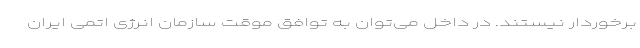
برخوردار نیستند. در داخل می‌توان به توافق موقت سازمان انرژی اتمی ایران